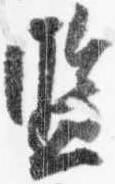
監